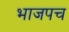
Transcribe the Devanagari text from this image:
भाजपच